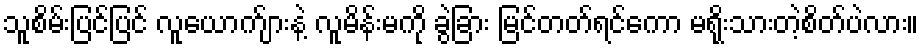
သူစိမ်းပြင်ပြင် လူယောက်ျားနဲ့ လူမိန်းမကို ခွဲခြား မြင်တတ်ရင်ကော မရိုးသားတဲ့စိတ်ပဲလား။